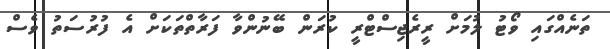
ތަނެއްގައި ވޯޓު ލުމަށް ރީރެޖިސްޓްރީ ކުރަން ބޭނުންވާ ފަރާތްތަކަށް އެ ފުރުސަތު ވެސް